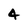
Character: 4